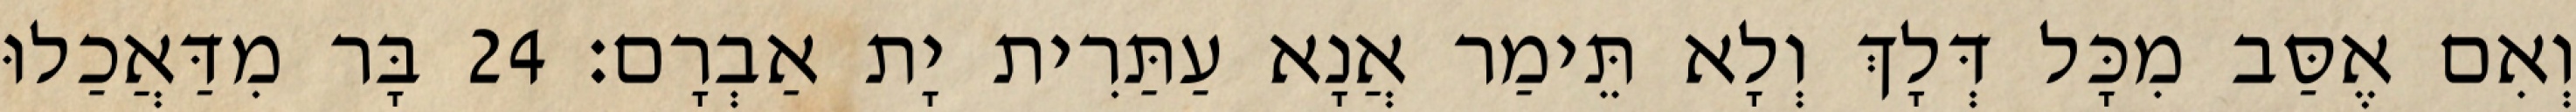
וְאִם אֶסַּב מִכָּל דְּלָךְ וְלָא תֵּימַר אֲנָא עַתַּרִית יָת אַבְרָם׃ 24 בָּר מִדַּאֲכַלוּ